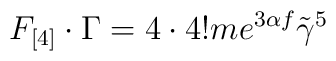
F_{[4]}\cdot\Gamma=4\cdot4!me^{3\alpha f}\tilde\gamma^5